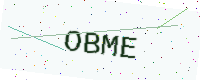
Text: OBME